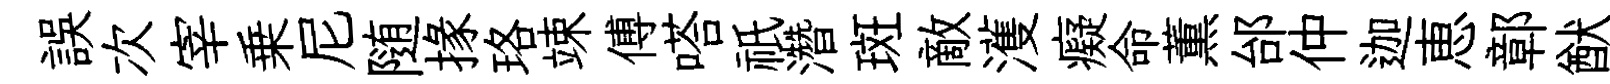
誤次宰乗尼随掾珞竦傅嗒祇濳斑敵濩癡命薫邰仲迦恵鄣猷